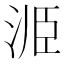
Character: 𭰝